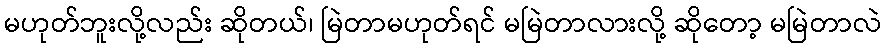
မဟုတ်ဘူးလို့လည်း ဆိုတယ်၊ မြဲတာမဟုတ်ရင် မမြဲတာလားလို့ ဆိုတော့ မမြဲတာလဲ